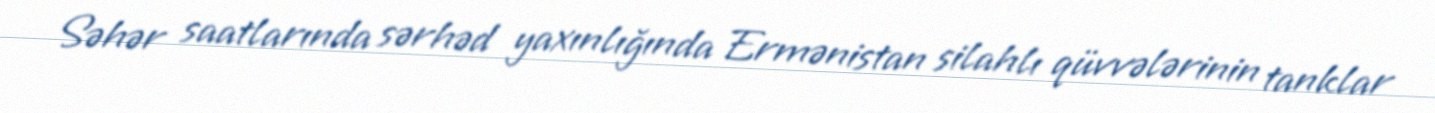
Səhər saatlarında sərhəd yaxınlığında Ermənistan silahlı qüvvələrinin tanklar